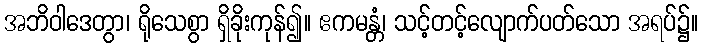
အဘိဝါဒေတွာ၊ ရိုသေစွာ ရှိခိုးကုန်၍။ ဧကမန္တံ၊ သင့်တင့်လျောက်ပတ်သော အရပ်၌။